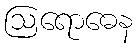
ဩရောဓေန